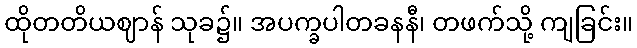
ထိုတတိယဈာန် သုခ၌။ အပက္ခပါတခနနီ၊ တဖက်သို့ ကျခြင်း။